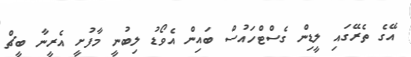
އޭގެ ތެރޭގައި ލީޑިން ގެސްޓްހައުސް ބައިން އެވޯޑު ލިބުނީ މާފުށީ އެރީނާ ބީޗް